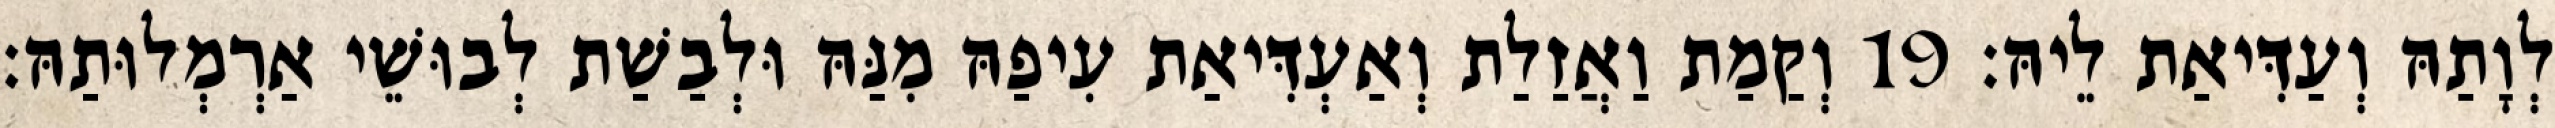
לְוָתַהּ וְעַדִּיאַת לֵיהּ׃ 19 וְקַמַת וַאֲזַלַת וְאַעְדִּיאַת עִיפַהּ מִנַּהּ וּלְבַשַׁת לְבוּשֵׁי אַרְמְלוּתַהּ׃